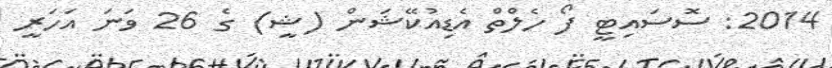
2014: ސޮސައިޓީ ފޯ ހެލްތް އެޑިއުކޭޝަން (ޝީ) ގެ 26 ވަނަ އަހަރީ